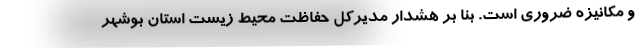
و مکانیزه ضروری است. بنا بر هشدار مدیرکل حفاظت محیط زیست استان بوشهر